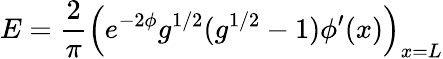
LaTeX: E={\frac{2}{\pi}}\left(e^{-2\phi}g^{1/2}(g^{1/2}-1)\phi^{\prime}(x)\right)_{x=L}